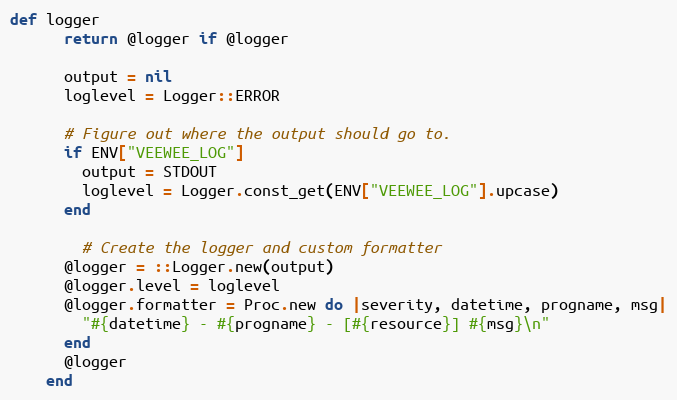
Language: Ruby
def logger
      return @logger if @logger

      output = nil
      loglevel = Logger::ERROR

      # Figure out where the output should go to.
      if ENV["VEEWEE_LOG"]
        output = STDOUT
        loglevel = Logger.const_get(ENV["VEEWEE_LOG"].upcase)
      end

        # Create the logger and custom formatter
      @logger = ::Logger.new(output)
      @logger.level = loglevel
      @logger.formatter = Proc.new do |severity, datetime, progname, msg|
        "#{datetime} - #{progname} - [#{resource}] #{msg}\n"
      end
      @logger
    end